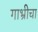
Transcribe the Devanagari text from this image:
गाभ्रीचा